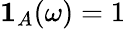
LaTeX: \mathbf{1}_{A}(\omega)=1